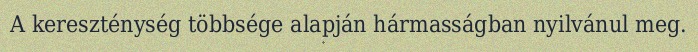
A kereszténység többsége alapján hármasságban nyilvánul meg.